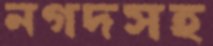
নগদসহ